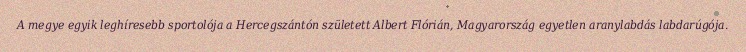
A megye egyik leghíresebb sportolója a Hercegszántón született Albert Flórián, Magyarország egyetlen aranylabdás labdarúgója.